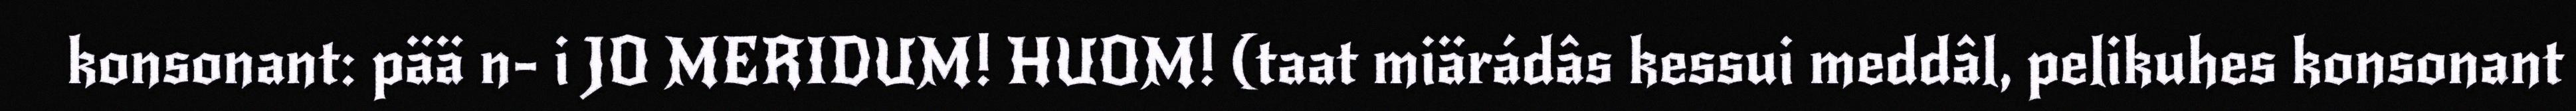
konsonant: pää n- i JO MERIDUM! HUOM! (taat miärádâs kessui meddâl, pelikuhes konsonant